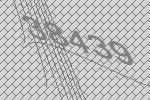
38439